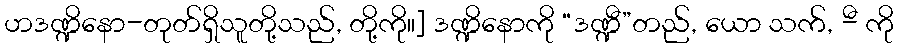
ဟဒဏ္ဍိနော-တုတ်ရှိသူတို့သည်, တို့ကို။] ဒဏ္ဍိနောကို “ဒဏ္ဍီ”တည်, ယော သက်, -ီ ကို